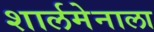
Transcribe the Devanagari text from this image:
शार्लमेनाला